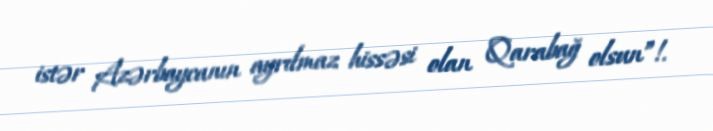
istər Azərbaycanın ayrılmaz hissəsi olan Qarabağ olsun”!.